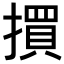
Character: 𢵯